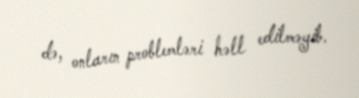
də, onların problemləri həll edilməyib.